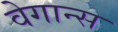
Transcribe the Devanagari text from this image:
वेगान्स